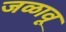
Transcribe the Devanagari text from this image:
जळावू